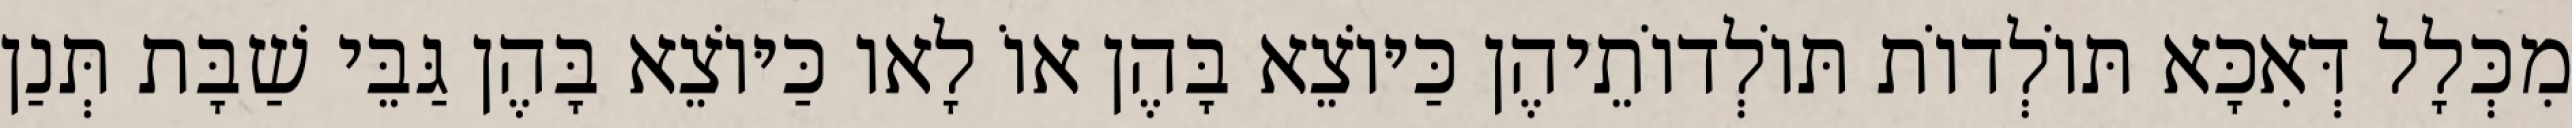
מִכְּלָל דְּאִכָּא תּוֹלְדוֹת תּוֹלְדוֹתֵיהֶן כַּיּוֹצֵא בָּהֶן אוֹ לָאו כַּיּוֹצֵא בָּהֶן גַּבֵּי שַׁבָּת תְּנַן